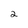
Character: 2